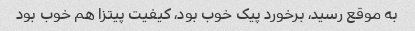
به موقع رسید، برخورد پیک خوب بود، کیفیت پیتزا هم خوب بود